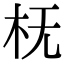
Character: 𬂠